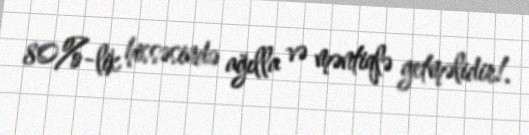
80%-lik hissəsində ağılla və məntiqlə getməlidir!.